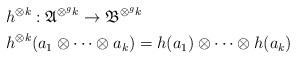
LaTeX: \begin{align*}&h^{\otimes k}:\mathfrak{A}^{\otimes^g k}\to \mathfrak{B}^{\otimes^g k}\\ & h^{\otimes k}(a_1\otimes\cdots \otimes a_k) = h(a_1)\otimes \cdots \otimes h(a_k)\end{align*}